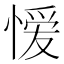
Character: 𭞄